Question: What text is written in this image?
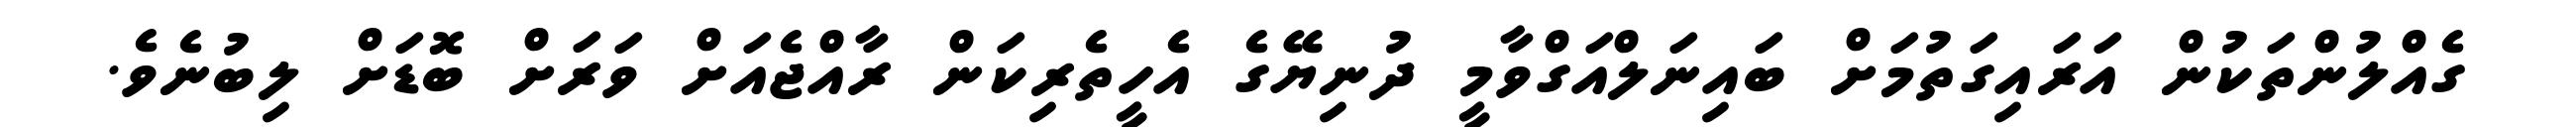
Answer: ގެއްލުންތަކުން އަރައިގަތުމަށް ބައިނަލްއަގްވާމީ ދުނިޔޭގެ އެހީތެރިކަން ރާއްޖެއަށް ވަރަށް ބޮޑަށް ލިބުނެވެ.